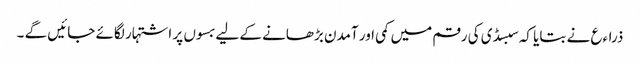
ذراءع نے بتایا کہ سبسڈی کی رقم میں کمی اور آمدن بڑھانے کے لیے بسوں پر اشتہار لگائے جائیں گے ۔